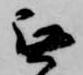
無